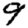
Digit: 9